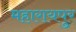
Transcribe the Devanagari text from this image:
महारायपुर